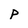
Character: p